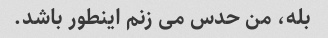
بله، من حدس می زنم اینطور باشد.